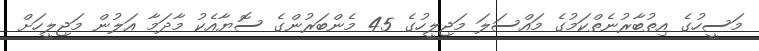
މަސީހުގެ އިތުބާރުނެތްކަމުގެ މައްސަލަ މަޖިލީހުގެ 45 މެންބަރުންގެ ސޮޔާއެކު މާދަމާ އަލުން މަޖިލީހަށް